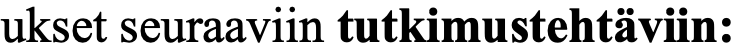
ukset seuraaviin tutkimustehtäviin: